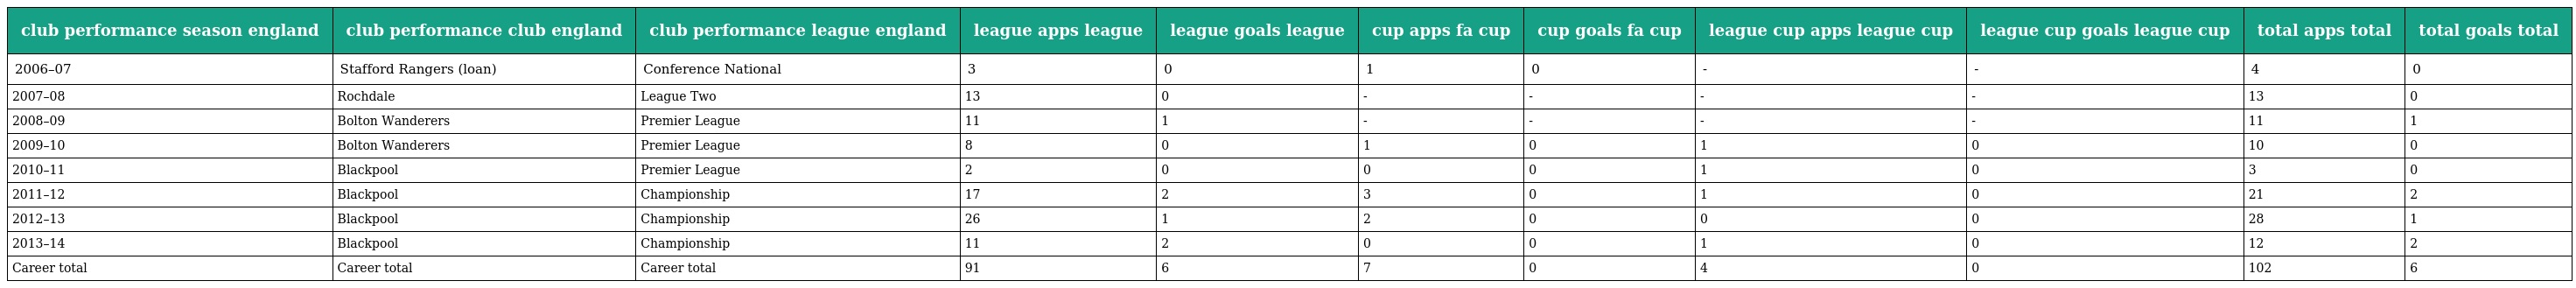
| club performance season england | club performance club england | club performance league england | league apps league | league goals league | cup apps fa cup | cup goals fa cup | league cup apps league cup | league cup goals league cup | total apps total | total goals total |
 | --- | --- | --- | --- | --- | --- | --- | --- | --- | --- | --- |
 | 2006–07 | Stafford Rangers (loan) | Conference National | 3 | 0 | 1 | 0 | - | - | 4 | 0 |
 | 2007–08 | Rochdale | League Two | 13 | 0 | - | - | - | - | 13 | 0 |
 | 2008–09 | Bolton Wanderers | Premier League | 11 | 1 | - | - | - | - | 11 | 1 |
 | 2009–10 | Bolton Wanderers | Premier League | 8 | 0 | 1 | 0 | 1 | 0 | 10 | 0 |
 | 2010–11 | Blackpool | Premier League | 2 | 0 | 0 | 0 | 1 | 0 | 3 | 0 |
 | 2011–12 | Blackpool | Championship | 17 | 2 | 3 | 0 | 1 | 0 | 21 | 2 |
 | 2012–13 | Blackpool | Championship | 26 | 1 | 2 | 0 | 0 | 0 | 28 | 1 |
 | 2013–14 | Blackpool | Championship | 11 | 2 | 0 | 0 | 1 | 0 | 12 | 2 |
 | Career total | Career total | Career total | 91 | 6 | 7 | 0 | 4 | 0 | 102 | 6 |